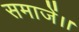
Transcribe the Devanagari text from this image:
समाजें।।